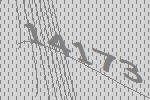
14173